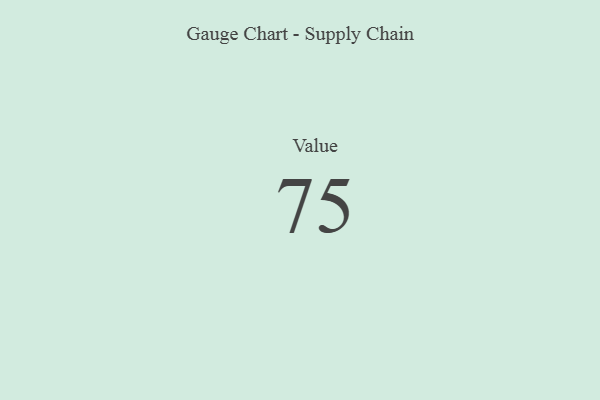
{"axis": {"x": "Metric", "y": "Value"}, "legend": [""], "data": [{"x": "Value", "y": 75, "type": ""}]}